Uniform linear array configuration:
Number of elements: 32
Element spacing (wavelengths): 0.75
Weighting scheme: exponential
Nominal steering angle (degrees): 45
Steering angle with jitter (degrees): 46.123
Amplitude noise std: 0.05
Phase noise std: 0.05

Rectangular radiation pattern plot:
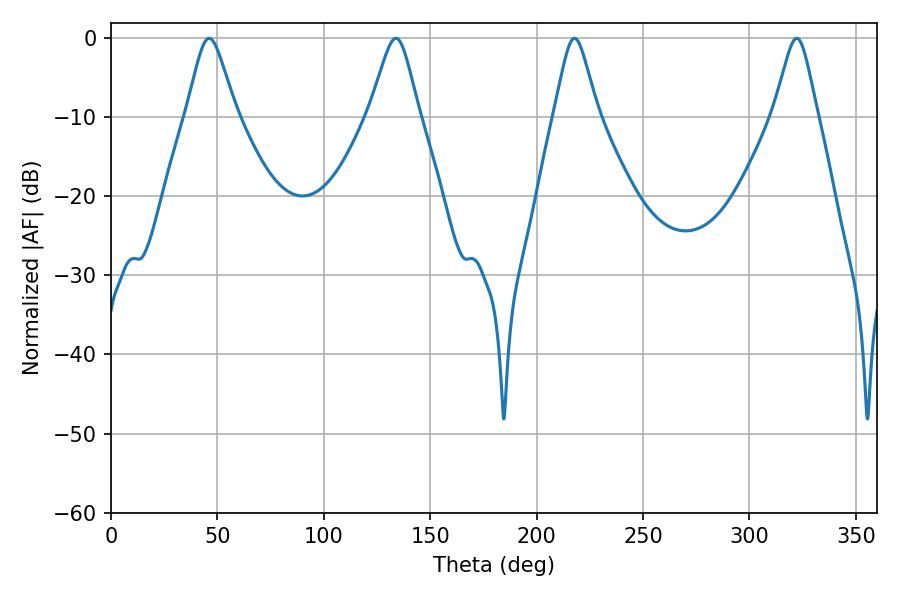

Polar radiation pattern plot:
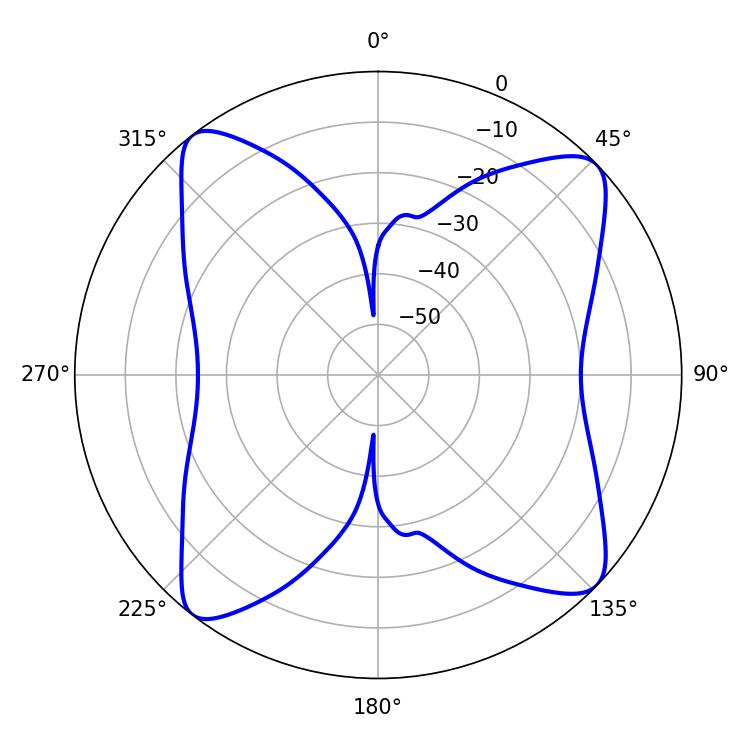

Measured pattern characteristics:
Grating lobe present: TRUE
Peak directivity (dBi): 13.38
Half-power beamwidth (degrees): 9.72
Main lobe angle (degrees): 217.8